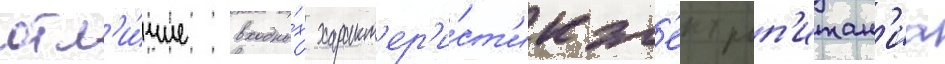
отл'и́чие входны́х характ'ер'и́ст'ик эл'ектроп'итан'иа